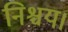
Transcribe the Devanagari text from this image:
निश्चय।